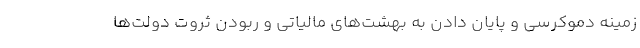
زمینه دموکرسی و پایان دادن به بهشت‌های مالیاتی و ربودن ثروت دولت‌ها